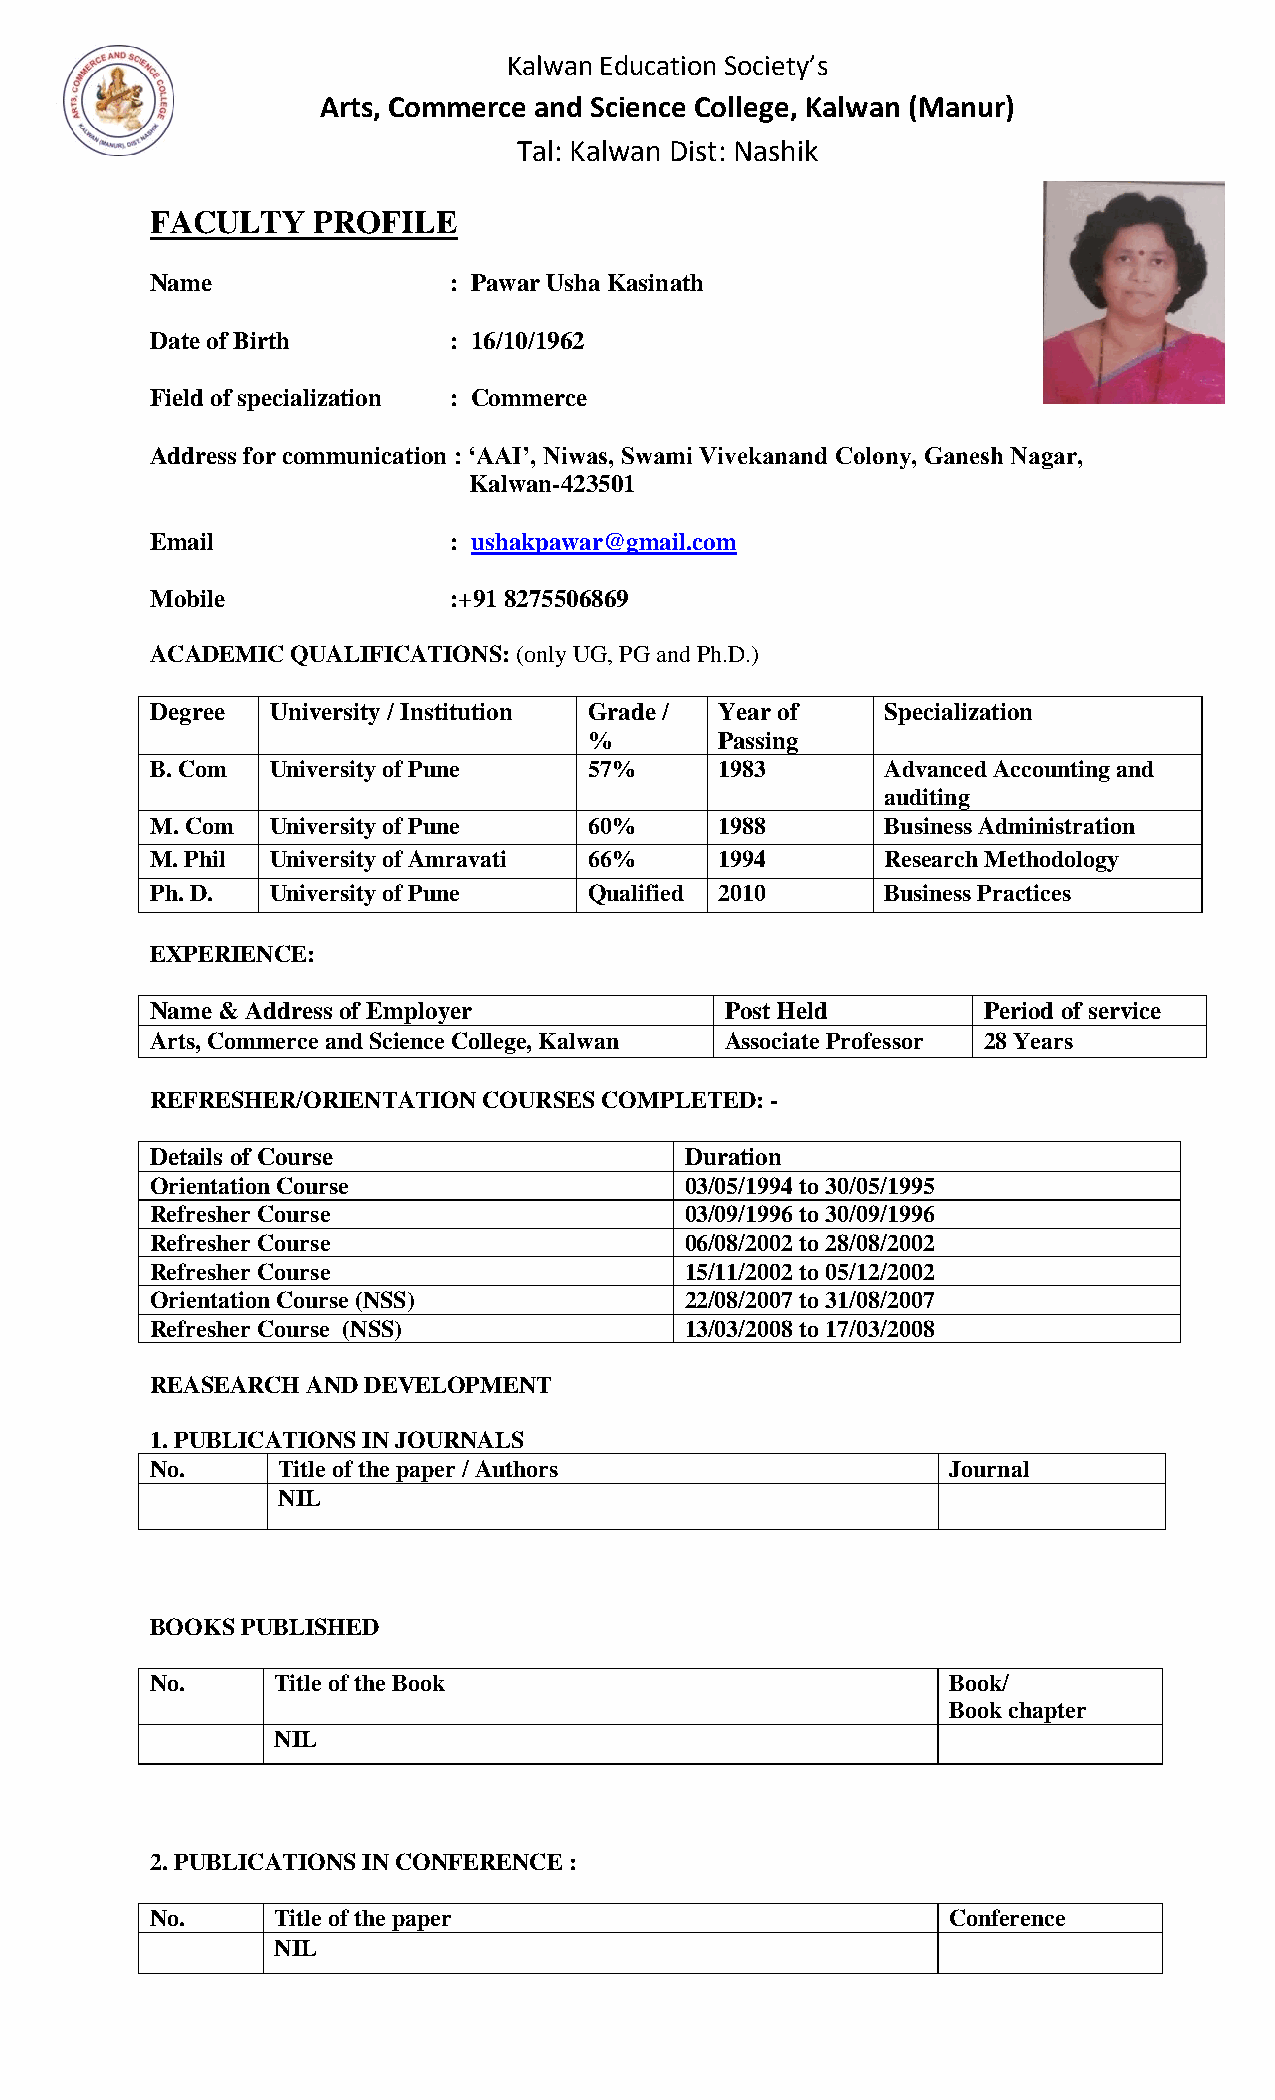
Kalwan Education Society’s
 Arts, Commerce and Science College, Kalwan (Manur)
 Tal: Kalwan Dist: Nashik
 FACULTY    PROFILE
 PHOTO
 Name                : Pawar Usha Kasinath
 Date of Birth       : 16/10/1962
 Field of specialization : Commerce
 Address for communication : ‘AAI’, Niwas, Swami Vivekanand Colony, Ganesh Nagar,
 Kalwan-423501
 Email               : ushakpawar@gmail.com
 Mobile              :+91 8275506869
 ACADEMIC QUALIFICATIONS: (only UG, PG and Ph.D.)
 Degree  University / Institution Grade / Year of Specialization
 %        Passing
 B. Com  University of Pune   57%      1983       Advanced Accounting and
 auditing
 M. Com  University of Pune   60%      1988       Business Administration
 M. Phil University of Amravati 66%    1994       Research Methodology
 Ph. D.  University of Pune   Qualified 2010      Business Practices
 EXPERIENCE:
 Name & Address of Employer            Post Held        Period of service
 Arts, Commerce and Science College, Kalwan Associate Professor 28 Years
 REFRESHER/ORIENTATION COURSES COMPLETED: -
 Details of Course                  Duration
 Orientation Course                 03/05/1994 to 30/05/1995
 Refresher Course                   03/09/1996 to 30/09/1996
 Refresher Course                   06/08/2002 to 28/08/2002
 Refresher Course                   15/11/2002 to 05/12/2002
 Orientation Course (NSS)           22/08/2007 to 31/08/2007
 Refresher Course (NSS)             13/03/2008 to 17/03/2008
 REASEARCH AND DEVELOPMENT
 1. PUBLICATIONS IN JOURNALS
 No.     Title of the paper / Authors                 Journal
 NIL
 BOOKS PUBLISHED
 No.     Title of the Book                            Book/
 Book chapter
 NIL
 2. PUBLICATIONS IN CONFERENCE :
 No.     Title of the paper                           Conference
 NIL